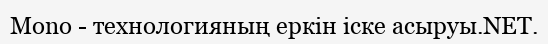
Mono - технологияның еркiн iске асыруы.NET.